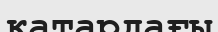
қатардағы